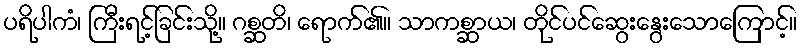
ပရိပါကံ၊ ကြီးရင့်ခြင်းသို့။ ဂစ္ဆတိ၊ ရောက်၏။ သာကစ္ဆာယ၊ တိုင်ပင်ဆွေးနွေးသောကြောင့်။